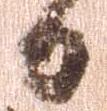
日